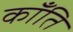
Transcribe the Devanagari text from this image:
कॉँति